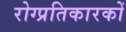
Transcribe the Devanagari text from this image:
रोग्प्रतिकारकों